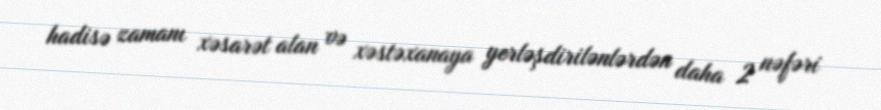
hadisə zamanı xəsarət alan və xəstəxanaya yerləşdirilənlərdən daha 2 nəfəri